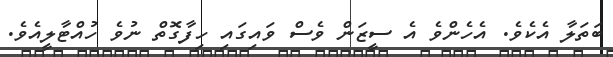
ބަތަލާ އެކެވެ. އެހެންވެ އެ ސީޒަން ވެސް ވައިގައި ހިފާގޮތް ނުވެ ހުއްޓާލީއެވެ.